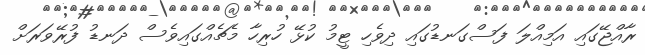
ރާއްޖޭގައި އަމިއްލަ ފަސްގަނޑުގައި ދިވެހި ޓީމު ކުޅޭ ހުރިހާ މެޗެއްގައިވެސް ދަނޑު ފުރޭވަރަށް